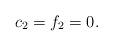
LaTeX: \begin{align*}c_2=f_2=0.\end{align*}